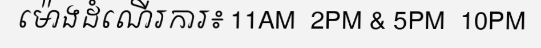
ម៉ោងដំណើរការ៖ 11AM  2PM & 5PM  10PM